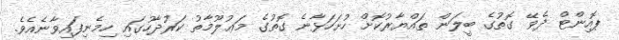
ޕޮއިންޓް ދެވޭ ގޮތުގެ ބީލަން ތައްޔާރުކޮށް ހުށަހަޅާނެ ގޮތުގެ މަޢުލޫމާތު ކަރުދާހުގައި ހިމެނިފައިވާނެއެވެ.